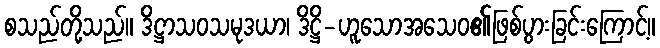
စသည်တို့သည်။ ဒိဋ္ဌာသဝသမုဒယာ၊ ဒိဋ္ဌိ-ဟူသောအသေဝ၏ဖြစ်ပွားခြင်းကြောင့်။